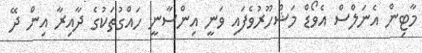
މާޓިން އެނަލްސް އެވޯޑް މަޝްހޫރުވެފައި ވަނީ އިންސާނީ ހައްގުތަކުގެ ދާއިރާ އިން ދޭ